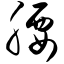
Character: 腰